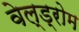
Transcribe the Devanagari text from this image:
वेल्ड्रोम